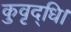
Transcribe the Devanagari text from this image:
कुवृद्धि।